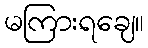
မကြားရချေ။